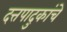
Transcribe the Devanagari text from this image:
दत्तपादुकांचे